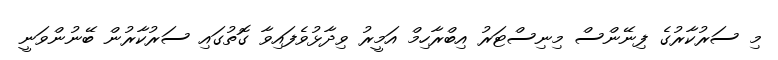
މި ސަރުކާރުގެ ފިނޭންސް މިނިސްޓަރު އިބްރާހިމް އަމީރު ވިދާޅުވެފައިވާ ގޮތުގައި ސަރުކާރުން ބޭނުންވަނީ